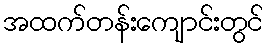
အထက်တန်းကျောင်းတွင်